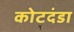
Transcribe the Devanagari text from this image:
कोटदंडा